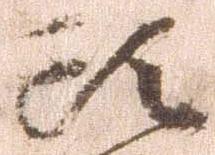
頭